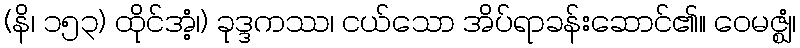
(နိ၊ ၁၅၃) ထိုင်အံ့၊) ခုဒ္ဒကဿ၊ ငယ်သော အိပ်ရာခန်းဆောင်၏။ ဝေမဇ္ဈံ၊